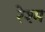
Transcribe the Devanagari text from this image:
रेश्म